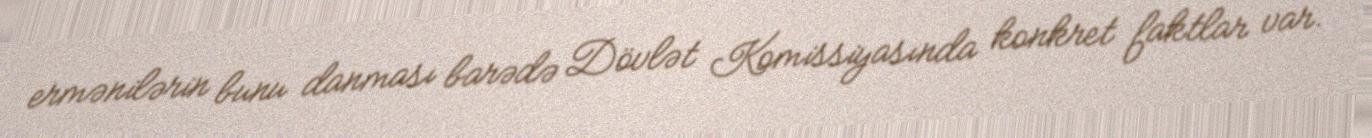
ermənilərin bunu danması barədə Dövlət Komissiyasında konkret faktlar var.